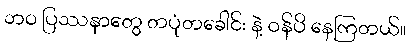
ဘဝ ပြဿနာတွေ တပုံတခေါင်း နဲ့ ဝန်ပိ နေကြတယ်။